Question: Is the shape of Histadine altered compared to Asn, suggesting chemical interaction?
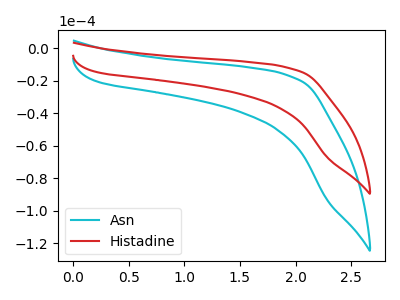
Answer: <think>The cyan curve "Asn" has no peaks. The red curve "Histadine" has no peaks.
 Neither "Histadine" or "Asn" have any peaks.</think>
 <answer>No, "Histadine" and "Asn" don't appear to be significantly different in shape</answer>
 <eval>no_change</eval>